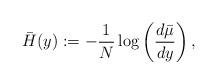
LaTeX: \begin{align*}\bar{H}(y) := -\frac{1}{N} \log \left(\frac{d\bar{\mu}}{dy} \right),\end{align*}